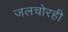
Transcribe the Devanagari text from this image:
जलचोरही